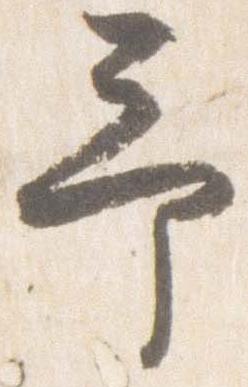
予